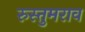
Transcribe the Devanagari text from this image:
रुस्तुमराव